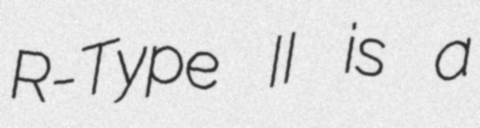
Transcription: R-Type II is a